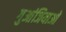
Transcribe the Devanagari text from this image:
गुआंजियाओ